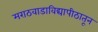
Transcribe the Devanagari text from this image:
मराठवाडाविद्यापीठातून